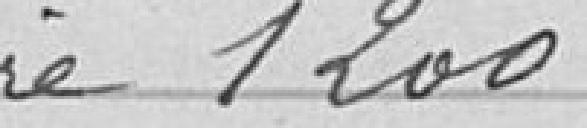
1200